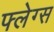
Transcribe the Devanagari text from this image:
फ्लेग्स